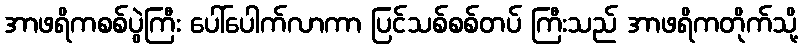
အာဖရိကစစ်ပွဲကြီး ပေါ်ပေါက်လာကာ ပြင်သစ်စစ်တပ် ကြီးသည် အာဖရိကတိုက်သို့